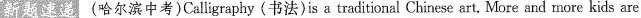
新题速递 (哈尔滨中考)Calligraphy(书法)is a traditional Chinese art. More and more kids are